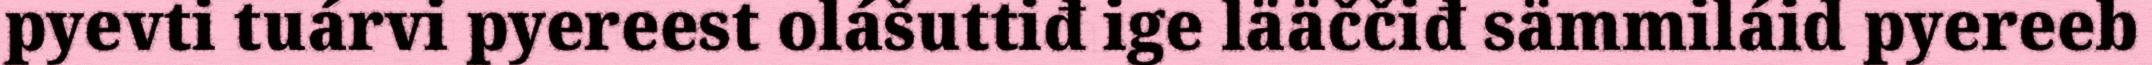
pyevti tuárvi pyereest olášuttiđ ige lääččiđ sämmiláid pyereeb